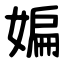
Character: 媥